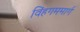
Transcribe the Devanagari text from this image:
विंहगममार्ग